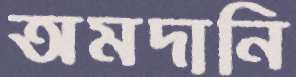
অমদানি